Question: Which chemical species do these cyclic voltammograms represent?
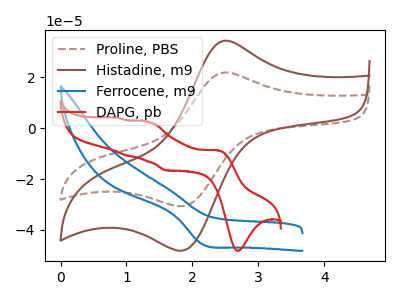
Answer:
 <answer>The brown dashed curve is labeled "Proline, PBS". The brown curve is labeled "Histadine, m9". The blue curve is labeled "Ferrocene, m9". The red curve is labeled "DAPG, pb".</answer>
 <eval></eval>